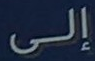
إلى